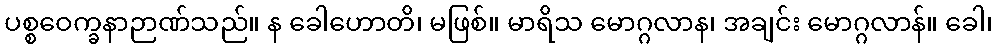
ပစ္စဝေက္ခနာဉာဏ်သည်။ န ခေါဟောတိ၊ မဖြစ်။ မာရိသ မောဂ္ဂလာန၊ အချင်း မောဂ္ဂလာန်။ ခေါ၊